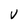
Character: V